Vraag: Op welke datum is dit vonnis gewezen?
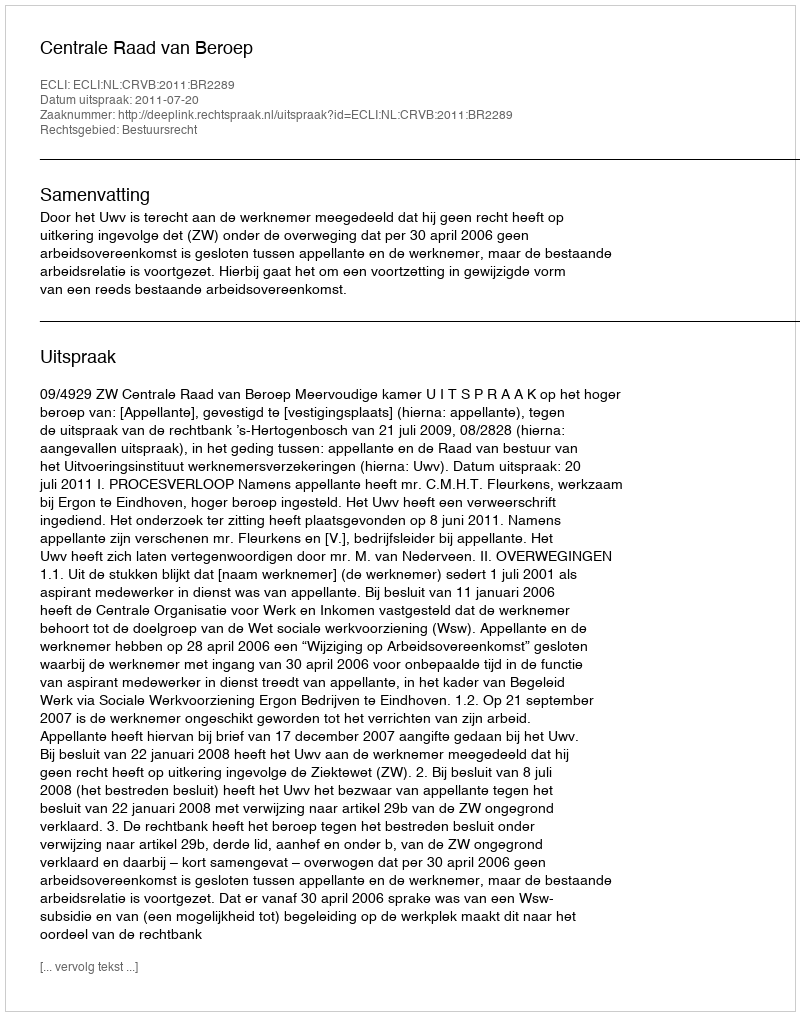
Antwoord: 2011-07-20